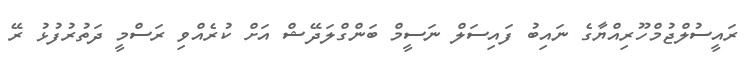
ރައީސުލްޖުމްހޫރިއްޔާގެ ނައިބު ފައިސަލް ނަސީމް ބަންގްލަދޭޝް އަށް ކުރެއްވި ރަސްމީ ދަތުރުފުޅު ރޭ